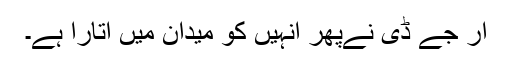
آر جے ڈی نےپھر انہیں کو میدان میں اتارا ہے۔